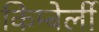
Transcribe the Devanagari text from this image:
किम्बेर्ली